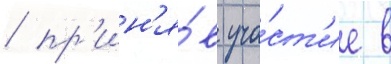
/ пр'ин'я́в уча́ст'ие в